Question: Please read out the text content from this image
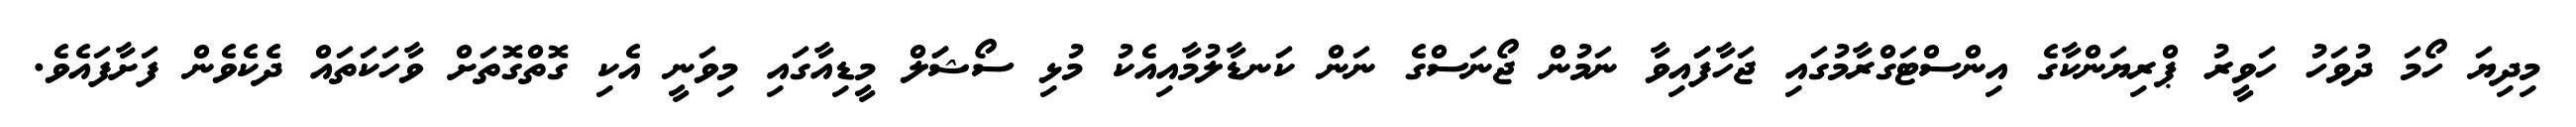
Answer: މިދިޔަ ހޯމަ ދުވަހު ހަވީރު ޕްރިޔަންކާގެ އިންސްޓަގްރާމުގައި ޖަހާފަައިވާ ނަމުން ޖޯނަސްގެ ނަން ކަނޑާލުމާއިއެކު މުޅި ސޯޝަަލް މީޑިއާގައި މިވަނީ އެކި ގޮތްގޮތަށް ވާހަކަތައް ދެކެވެން ފަށާފައެވެ.